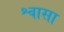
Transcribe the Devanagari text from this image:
श्वासा